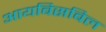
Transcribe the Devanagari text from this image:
आयबिसबिल